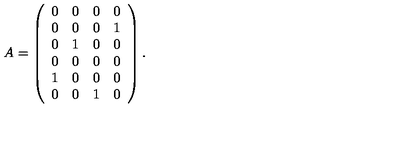
A = \left( \begin{array} { c c c c } { 0 } & { 0 } & { 0 } & { 0 } \\ { 0 } & { 0 } & { 0 } & { 1 } \\ { 0 } & { 1 } & { 0 } & { 0 } \\ { 0 } & { 0 } & { 0 } & { 0 } \\ { 1 } & { 0 } & { 0 } & { 0 } \\ { 0 } & { 0 } & { 1 } & { 0 } \\ \end{array} \right) .